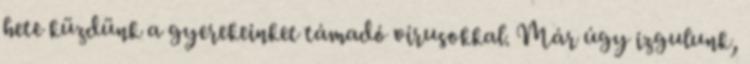
hete küzdünk a gyerekeinket támadó vírusokkal. Már úgy izgulunk,